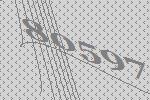
80597